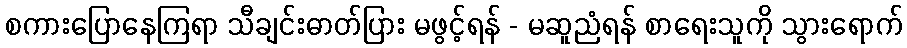
စကားပြောနေကြရာ သီချင်းဓာတ်ပြား မဖွင့်ရန် - မဆူညံရန် စာရေးသူကို သွားရောက်